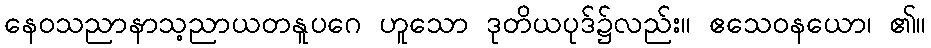
နေဝသညာနာသ့ညာယတနူပဂေ ဟူသော ဒုတိယပုဒ်၌လည်း။ ဧသေဝနယော၊ ၏။